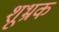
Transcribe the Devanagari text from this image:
शूभ्रक